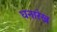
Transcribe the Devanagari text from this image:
घनारेख